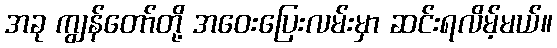
အခု ကျွန်တော်တို့ အဝေးပြေးလမ်းမှာ ဆင်းရလိမ့်မယ်။